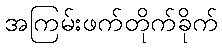
အကြမ်းဖက်တိုက်ခိုက်